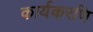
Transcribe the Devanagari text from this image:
कार्यकरणि